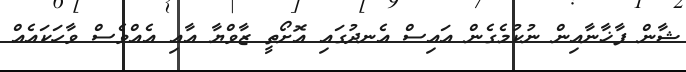
ޝާން ފާޚާނާއިން ނުކުމެގެން އައިސް އެނދުގައި އޮށޯތީ ޒާވްޔާ އާއި އެއްވެސް ވާހަކައެއް